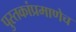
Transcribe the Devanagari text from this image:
पुस्तकांप्रमाणेच